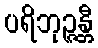
ပရိဘုဉ္ဇန္တီ